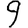
Digit: 9